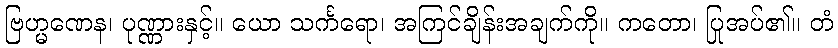
ဗြဟ္မဏေန၊ ပုဏ္ဏားနှင့်။ ယော သင်္ကရော၊ အကြင်ချိန်းအချက်ကို။ ကတော၊ ပြုအပ်၏။ တံ